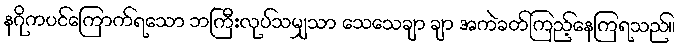
နဂိုကပင်ကြောက်ရသော ဘကြီးလုပ်သမျှသာ သေသေချာ ချာ အကဲခတ်ကြည့်နေကြရသည်။